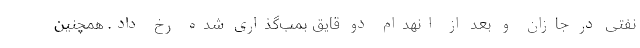
نفتی در جازان و بعد از انهدام دو قایق بمب‌گذاری شده رخ داد. همچنین